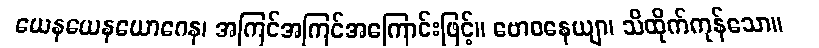
ယေနယေနယောဂေန၊ အကြင်အကြင်အကြောင်းဖြင့်။ ဗောဓနေယျာ၊ သိထိုက်ကုန်သော။